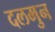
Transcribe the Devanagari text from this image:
दलमुन